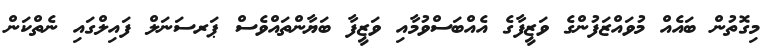
މިގޮތުން ބައެއް މުވައްޒަފުންގެ ވަޒީފާގެ އެއްބަސްވުމާއި ވަޒީފާ ބަޔާންތައްވެސް ޕަރސަނަލް ފައިލްގައި ނެތްކަން